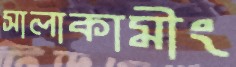
সালাকামীং